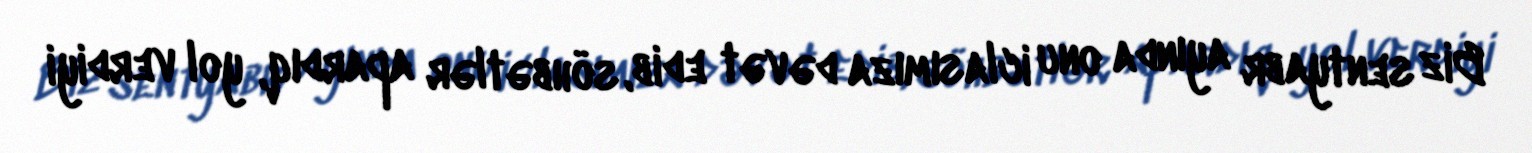
Biz sentyabr ayında onu iclasımıza dəvət edib, söhbətlər apardıq, yol verdiyi